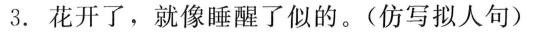
3.花开了，就像睡醒了似的。(仿写拟人句)